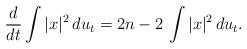
LaTeX: \begin{align*}\frac{d}{dt} \int \vert x \vert^2 \, du_t = 2n - 2 \, \int \vert x \vert^2 \, du_t.\end{align*}